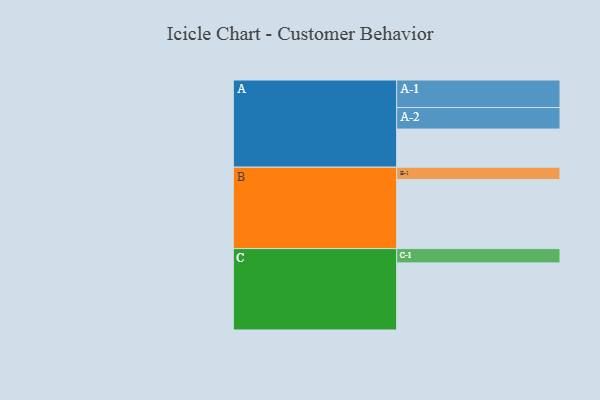
{"axis": {"x": "Segment", "y": "Value"}, "legend": ["", "A", "B", "C"], "data": [{"x": "A", "y": 302, "type": ""}, {"x": "B", "y": 546, "type": ""}, {"x": "C", "y": 531, "type": ""}, {"x": "A-1", "y": 218, "type": "A"}, {"x": "A-2", "y": 170, "type": "A"}, {"x": "B-1", "y": 98, "type": "B"}, {"x": "C-1", "y": 113, "type": "C"}]}